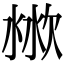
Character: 𣶙